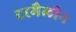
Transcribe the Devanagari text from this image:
टरमैलीन